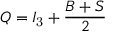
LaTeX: Q = I _ { \mathrm { 3 } } + { \frac { B + S } { 2 } }